Report on the lunatic asylums under the Government of Bombay - 1904-1913
Year: 1904
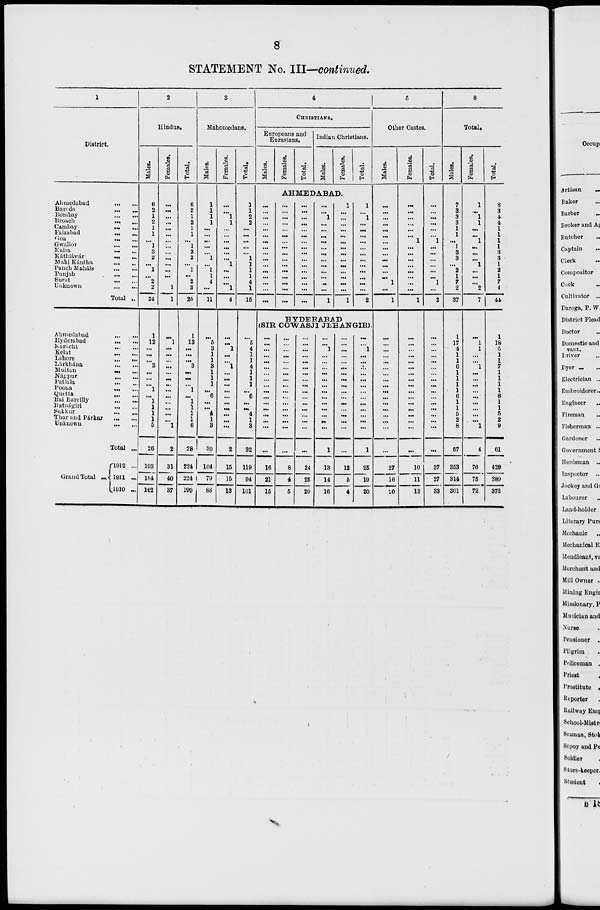
8
STATEMENT No. III—continued.
1
District.
Ahmedabad
...
...
Baroda
...
...
Bombay
...
...
Broach ... ...
Cambay ... ...
Faizabad
...
...
Goa
...
...
Gwalior
...
...
Kaira
...
...
Káthiáwár
...
...
Mahi Kántha
...
...
Panch Maháls ... ...
Punjab
...
...
Surat ... ...
Unknown
...
...
Total ...
Ahmedabad
...
...
Hyderabad
...
...
Karáchi ... ...
Kelat ... ...
Lahore
...
...
Lárkhána ... ...
Multan ... ...
Nágpur
...
...
Patiala ... ...
Poona ... ...
Quetta
...
...
Rai Bareilly ... ...
Ratnágiri
...
...
Sukkur
...
...
Thar and Párkar ... ...
Unknown ... ...
Total ...
Grand Total ...
1912 ...
1911 ...
1910 ...
2
Hindus.
Males.
6
2
1
2
1
1
...
1
3
2
...
1
...
2
2
24
1
12
...
...
...
3
...
...
...
1
...
1
1
1
1
5
26
194
181
162
Females.
...
...
...
...
...
...
...
...
...
...
...
...
...
...
1
1
...
1
...
...
...
...
...
...
...
...
...
...
...
...
...
1
2
31
40
37
Total.
6
2
1
2
1
1
...
1
3
2
...
1
...
2
3
25
1
13
...
...
...
3
...
...
...
1
...
1
1
1
1
6
28
224
224
199
3
Mahomedans.
Males.
1
1
1
1
...
...
...
...
...
1
...
1
1
4
...
11
...
5
3
1
1
3
1
1
1
...
6
...
...
4
1
3
30
104
79
88
Females.
...
...
1
1
...
...
...
...
...
...
1
...
...
...
1
4
...
...
1
...
...
1
...
...
...
...
...
...
...
...
...
...
2
15
15
13
Total.
1
1
2
2
...
...
...
...
...
1
1
...
1
4
1
15
...
5
4
1
1
4
1
1
1
...
6
...
...
4
1
3
32
119
94
101
4
CHRISTIANS.
Europeans and
Eurasians.
Males.
Females.
Total.
Indian Christians.
Males.
Females.
Total.
AHMEDABAD.
...
...
...
...
...
...
...
...
...
...
...
...
...
...
...
...
...
...
...
...
...
...
...
...
...
...
...
...
...
...
...
...
...
...
...
...
...
...
...
...
...
...
...
...
...
...
...
...
...
...
1
...
...
...
...
...
...
...
...
...
...
...
...
1
1
...
...
...
...
...
...
...
...
...
...
...
...
...
...
1
1
...
1
...
...
...
...
...
...
...
...
...
...
...
...
2
HYDERABAD
(SIR COWASJI JEHANGIR).
...
...
...
...
...
...
...
...
...
...
...
...
...
...
...
...
...
16
21
15
...
...
...
...
...
...
...
...
...
...
...
...
...
...
...
...
...
8
4
5
...
...
...
...
...
...
...
...
...
...
...
...
...
...
...
...
...
24
25
20
...
...
1
...
...
...
...
...
...
...
...
...
...
...
...
...
1
13
14
16
...
...
...
...
...
...
...
...
...
...
...
...
...
...
...
...
...
12
5
4
...
...
1
...
...
...
...
...
...
...
...
...
...
...
...
...
1
26
19
20
5
Other Castes.
Males.
...
...
...
...
...
...
...
...
...
...
...
...
...
1
...
1
...
...
...
...
...
...
...
...
...
...
...
...
...
...
...
...
...
27
16
20
Females.
...
...
...
...
...
...
1
...
...
...
...
...
...
...
...
1
...
...
...
...
...
...
...
...
...
...
...
...
...
...
...
...
...
10
11
13
Total.
...
...
...
...
...
...
1
...
...
...
...
...
...
1
...
2
...
...
...
...
...
...
...
...
...
...
...
...
...
...
...
...
...
37
27
33
6
Total.
Males.
7
3
3
3
1
1
...
1
3
3
...
2
1
7
2
37
1
17
4
1
1
6
1
1
1
1
6
1
1
5
2
8
57
353
314
301
Females.
1
...
1
1
...
...
1
...
...
...
1
...
...
...
2
7
...
1
1
...
...
1
...
...
...
...
...
...
...
...
...
1
4
76
75
72
Total.
8
3
4
4
1
1
1
1
3
3
1
2
1
7
4
44
1
18
5
1
1
7
1
1
1
1
6
1
1
5
2
9
61
429
389
373